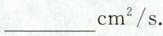
___cm_{2}/s.